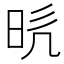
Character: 𭥥